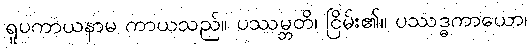
ရူပကာယနာမ ကာယသည်။ ပဿမ္ဘတိ၊ ငြိမ်း၏။ ပဿဒ္ဓကာယော၊